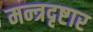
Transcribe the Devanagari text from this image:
मन्त्रदृष्टार